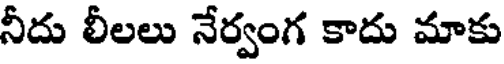
నీదు లీలలు నేర్వంగ కాదు మాకు